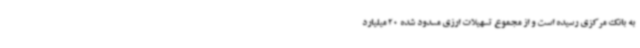
به بانک مرکزی رسیده است و از مجموع تسهیلات ارزی مسدود شده 20 میلیارد